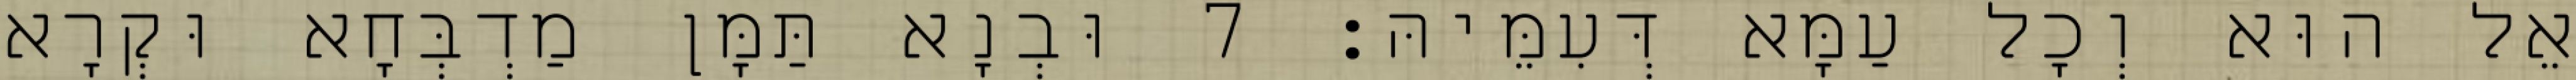
אֵל הוּא וְכָל עַמָּא דְּעִמֵּיהּ׃ 7 וּבְנָא תַּמָּן מַדְבְּחָא וּקְרָא